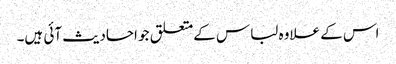
اس کے علاوہ لباس کےمتعلق جو احادیث آئی ہیں۔